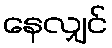
နေလျှင်